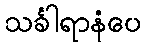
သင်္ခါရာနံပေ